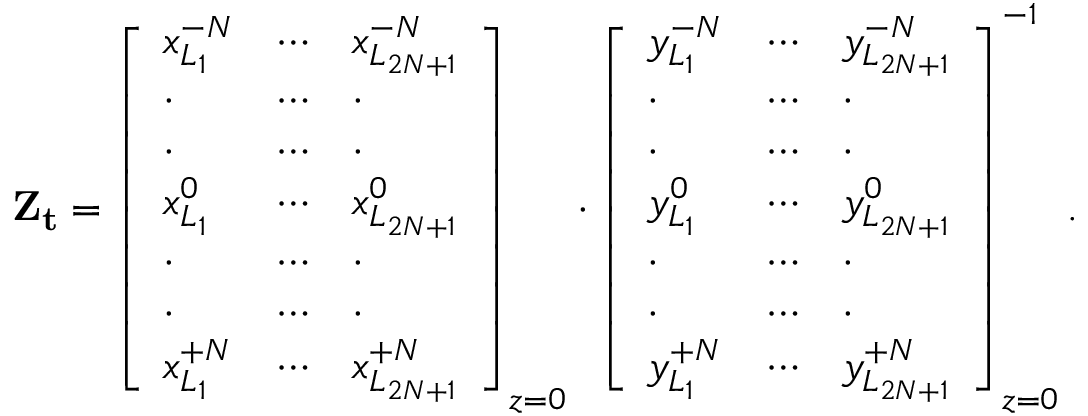
\mathbf { Z _ { t } } = \left[ \begin{array} { l l l } { x _ { { L _ { 1 } } } ^ { - N } } & { \cdots } & { x _ { { L _ { 2 N + 1 } } } ^ { - N } } \\ { \cdot } & { \cdots } & { \cdot } \\ { \cdot } & { \cdots } & { \cdot } \\ { x _ { { L _ { 1 } } } ^ { 0 } } & { \cdots } & { x _ { { L _ { 2 N + 1 } } } ^ { 0 } } \\ { \cdot } & { \cdots } & { \cdot } \\ { \cdot } & { \cdots } & { \cdot } \\ { x _ { { L _ { 1 } } } ^ { + N } } & { \cdots } & { x _ { { L _ { 2 N + 1 } } } ^ { + N } } \end{array} \right] _ { z = 0 } \cdot \left[ \begin{array} { l l l } { y _ { { L _ { 1 } } } ^ { - N } } & { \cdots } & { y _ { { L _ { 2 N + 1 } } } ^ { - N } } \\ { \cdot } & { \cdots } & { \cdot } \\ { \cdot } & { \cdots } & { \cdot } \\ { y _ { { L _ { 1 } } } ^ { 0 } } & { \cdots } & { y _ { { L _ { 2 N + 1 } } } ^ { 0 } } \\ { \cdot } & { \cdots } & { \cdot } \\ { \cdot } & { \cdots } & { \cdot } \\ { y _ { { L _ { 1 } } } ^ { + N } } & { \cdots } & { y _ { { L _ { 2 N + 1 } } } ^ { + N } } \end{array} \right] _ { z = 0 } ^ { - 1 } .